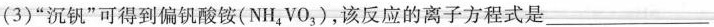
(3)“沉钒”可得到偏钒酸铵(NH_{4}VO_{3})，该反应的离子方程式是___。